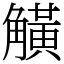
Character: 觵